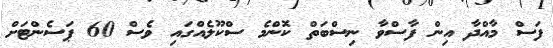
ފަސް މާއްދާ އިން ފާސްވާ ނިސްބަތް ކޮންމެ ސްކޫލެއްގައި ވެސް 60 ޕަސެންޓަށް